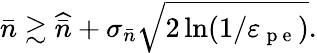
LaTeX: \bar{n}\gtrsim\widehat{\bar{n}}+\sigma_{\bar{n}}\sqrt{2\ln(1/\varepsilon_{\mathrm{~p~e~}})}.